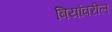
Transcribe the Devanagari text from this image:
बियांवरील